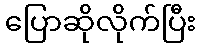
ပြောဆိုလိုက်ပြီး